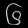
Digit: ၆